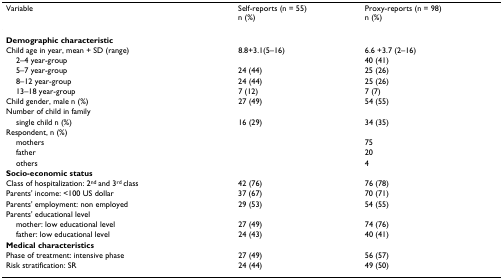
<table><thead><tr><td><b>Variable</b></td><td><b>Self-reports (n = 55)n (%)</b></td><td><b>Proxy-reports (n = 98)n (%)</b></td></tr></thead><tbody><tr><td><b>Demographic characteristic</b></td><td></td><td></td></tr><tr><td>Child age in year, mean + SD (range)</td><td>8.8+3.1(5–16)</td><td>6.6 +3.7 (2–16)</td></tr><tr><td> 2–4 year-group</td><td></td><td>40 (41)</td></tr><tr><td> 5–7 year-group</td><td>24 (44)</td><td>25 (26)</td></tr><tr><td> 8–12 year-group</td><td>24 (44)</td><td>25 (26)</td></tr><tr><td> 13–18 year-group</td><td>7 (12)</td><td>7 (7)</td></tr><tr><td>Child gender, male n (%)</td><td>27 (49)</td><td>54 (55)</td></tr><tr><td>Number of child in family</td><td></td><td></td></tr><tr><td> single child n (%)</td><td>16 (29)</td><td>34 (35)</td></tr><tr><td>Respondent, n (%)</td><td></td><td></td></tr><tr><td> mothers</td><td></td><td>75</td></tr><tr><td> father</td><td></td><td>20</td></tr><tr><td> others</td><td></td><td>4</td></tr><tr><td><b>Socio-economic status</b></td><td></td><td></td></tr><tr><td>Class of hospitalization: 2<sup>nd </sup>and 3<sup>rd </sup>class</td><td>42 (76)</td><td>76 (78)</td></tr><tr><td>Parents&#x27; income: &lt;100 US dollar</td><td>37 (67)</td><td>70 (71)</td></tr><tr><td>Parents&#x27; employment: non employed</td><td>29 (53)</td><td>54 (55)</td></tr><tr><td>Parents&#x27; educational level</td><td></td><td></td></tr><tr><td> mother: low educational level</td><td>27 (49)</td><td>74 (76)</td></tr><tr><td> father: low educational level</td><td>24 (43)</td><td>40 (41)</td></tr><tr><td><b>Medical characteristics</b></td><td></td><td></td></tr><tr><td>Phase of treatment: intensive phase</td><td>27 (49)</td><td>56 (57)</td></tr><tr><td>Risk stratification: SR</td><td>24 (44)</td><td>49 (50)</td></tr></tbody></table>